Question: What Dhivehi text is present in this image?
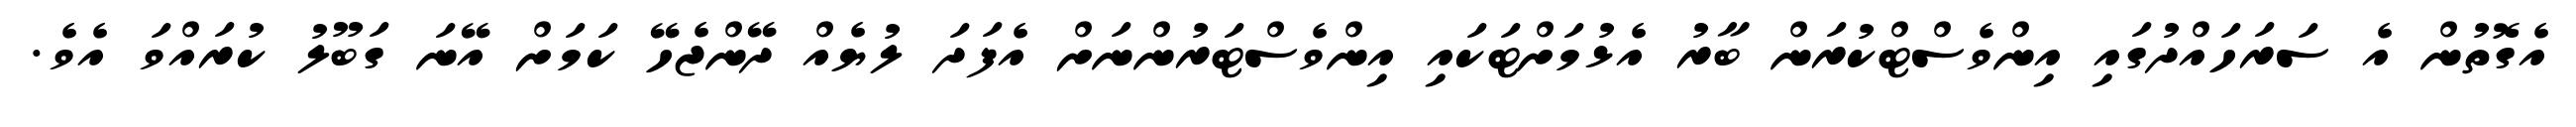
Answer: އެގޮތުން އެ ސަރަހައްދުގައި އިންވެސްޓްކުރަން ބާރު އެޅުމަށްޓަކައި އިންވެސްޓަރުންނަށް އެފަދަ ލުޔެއް ދޭންޖެހޭ ކަމަށް އޭނަ ގަބޫލު ކުރައްވަ އެވެ.